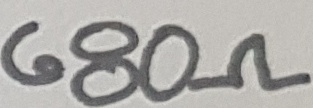
Text: 680Ω